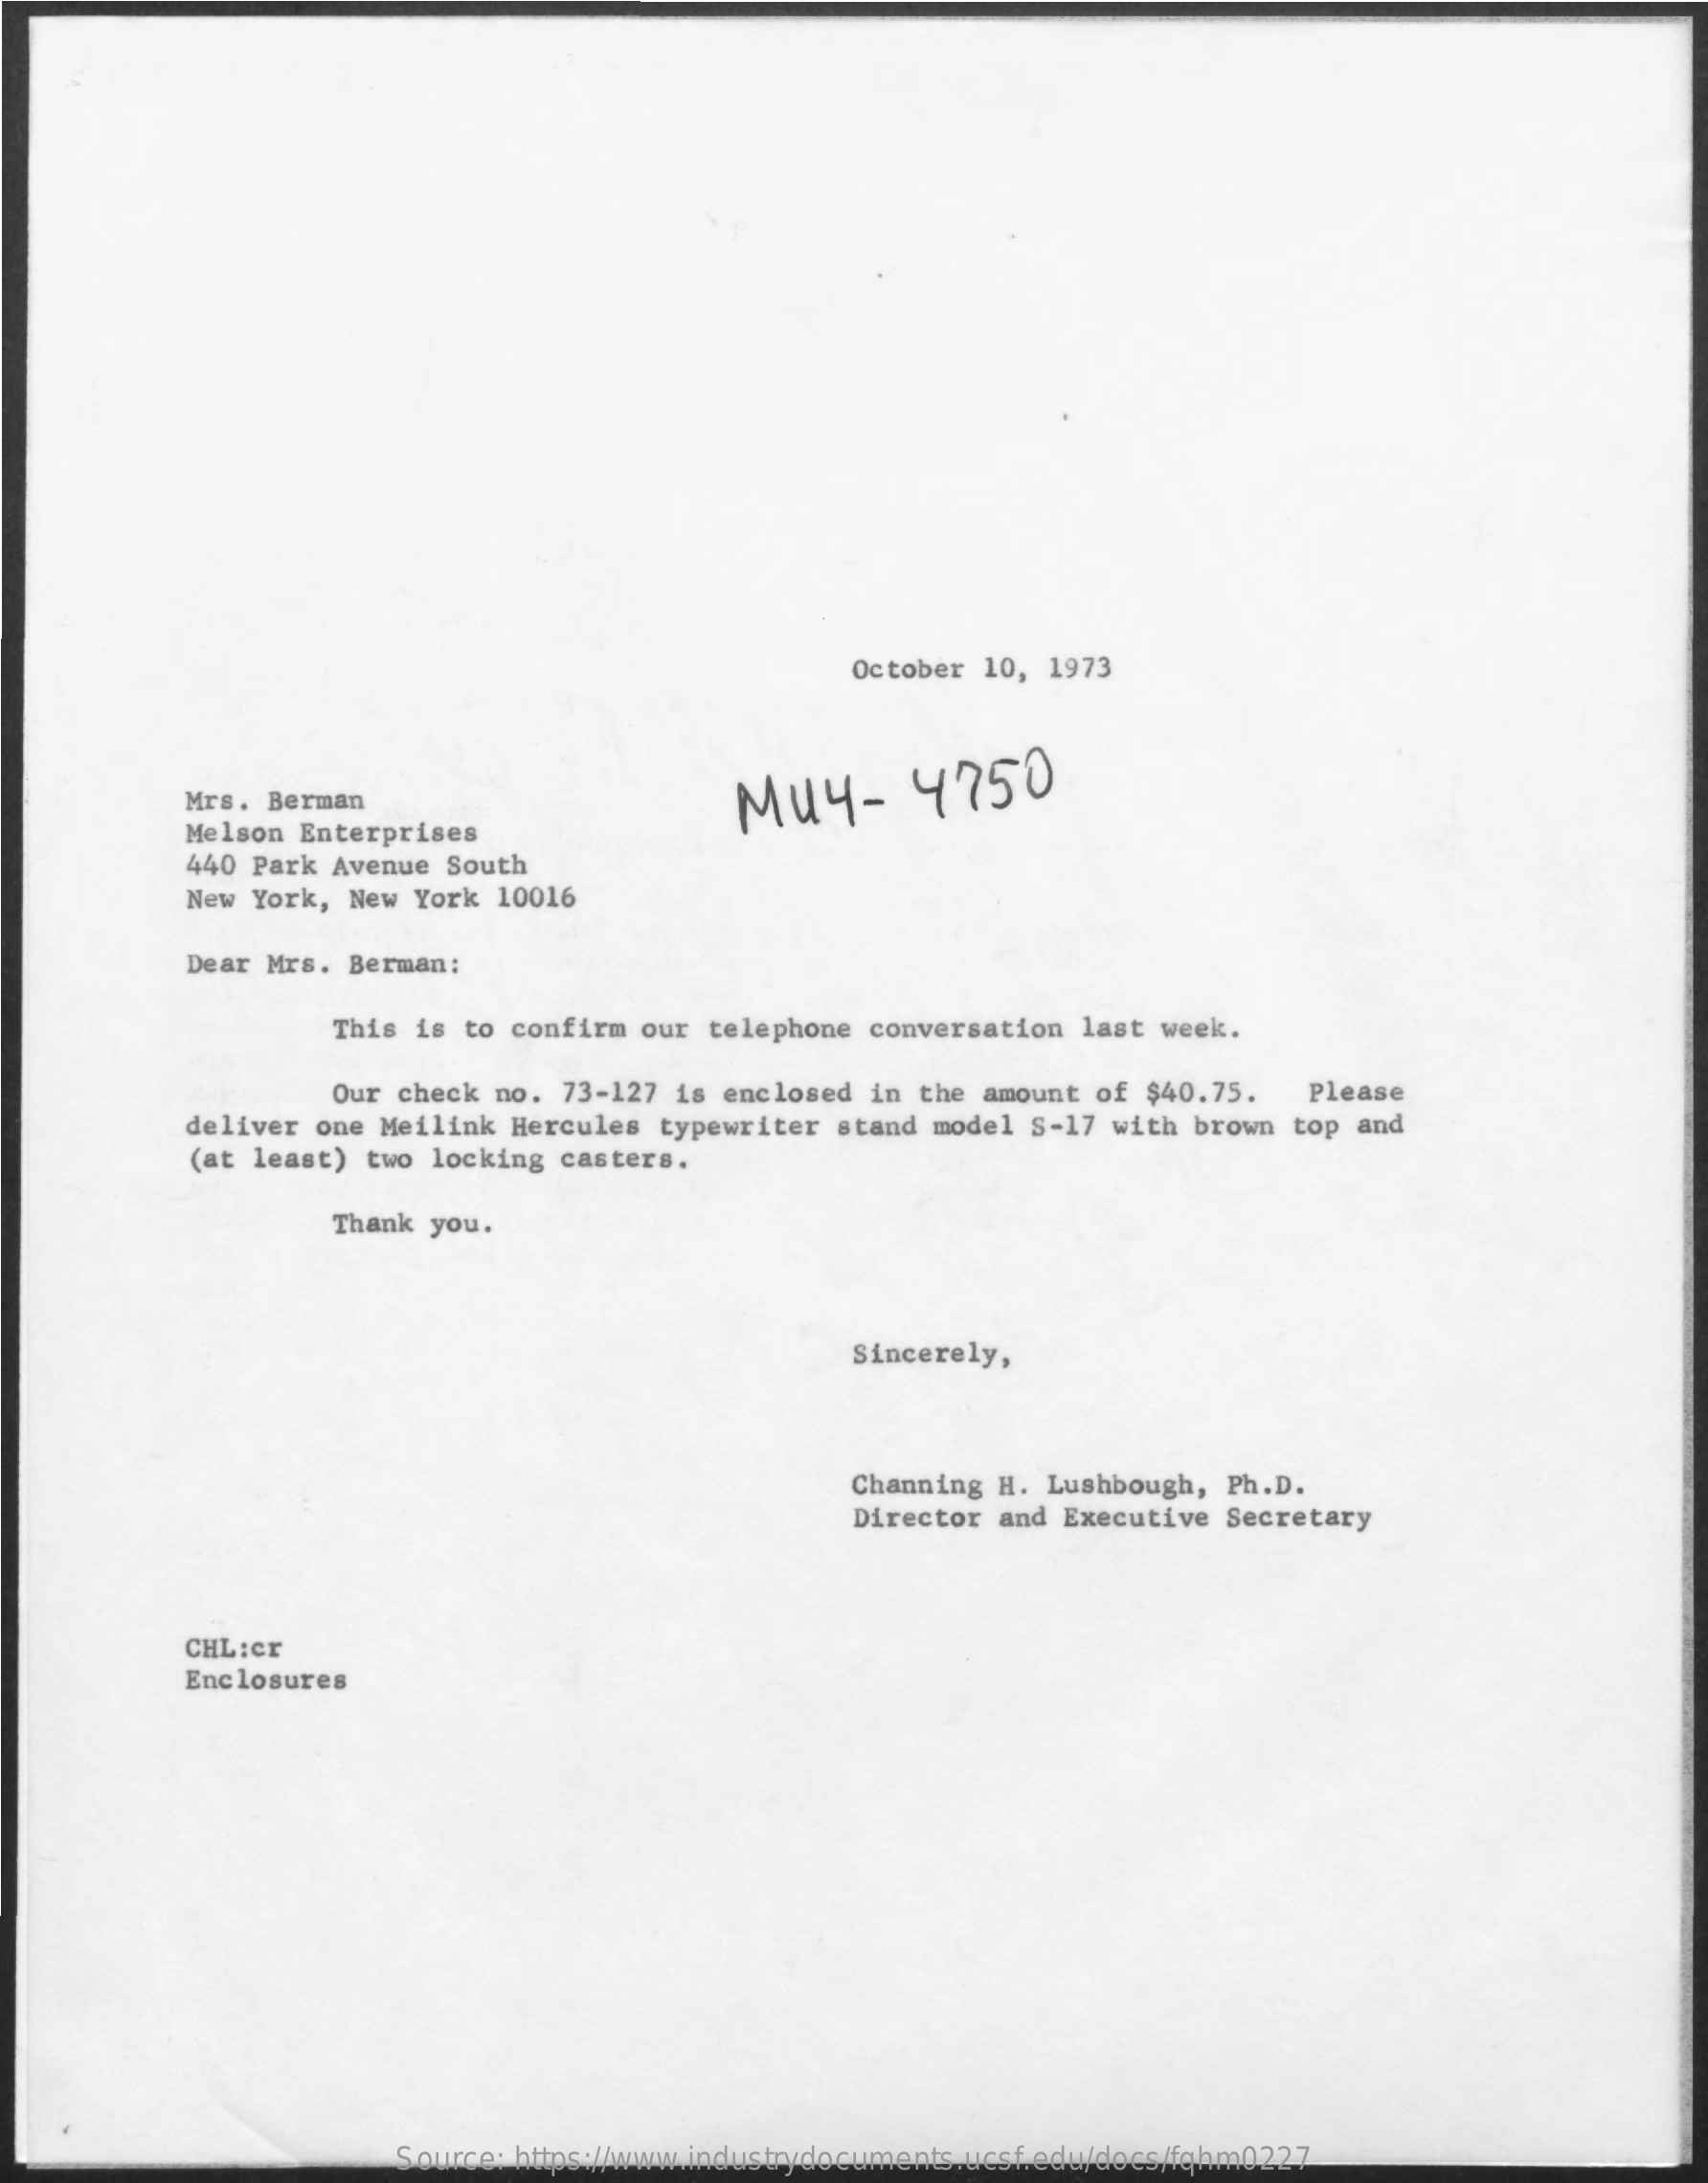
October 10, 1973
     Mrs. Berman    Muy-    4750
     Melson Enterprises
     440 Park Avenue South
     New York, New York 10016
     Dear Mrs. Berman:
     This is to confirm our telephone conversation last week.
     Our check no. 73-127 is enclosed in the amount of $40.75. Please
     deliver one Meilink Hercules typewriter stand model S-17 with brown top and
     (at least) two locking casters.
     Thank you.
     Sincerely,
     Channing H. Lushbough, Ph.D.
     Director and Executive Secretary
     CHL:er
     Enclosures
     Source: https://www.industrydocuments.ucsf.edu/docs/fqhm0227